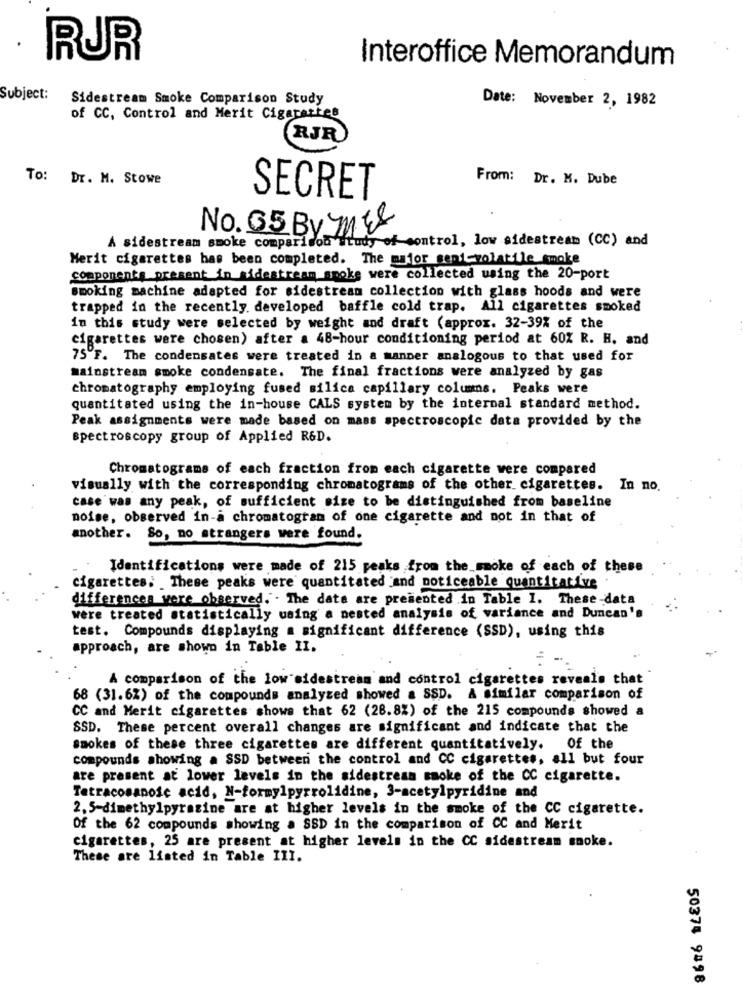
RUR
Interoffice Memorandum
Subject:
Sidestream Smoke Comparison Study
Date: November 2, 1982
of CC, Control and Merit Cigarettes
RJR
To: Dr. M. Stowe
From: Dr. M. Dube
SECRET
No. 65 By ME
A sidestream smoke comparison study of control, low sidestream (CC) and
Merit cigarettes has been completed. The gafor sent-volatile smoke
components present in sidestream_spoke were collected using the 20-port
smoking machine adapted for sidestream collection with glass hoods and were
trapped in the recently developed baffle cold trap. All cigarettes smoked
in this study were selected by weight and draft (approx. 32-39% of the
cigarettes were chosen) after a 48-hour conditioning period at 60% R. H. and
75ºF. The condensates were treated in a manner analogous to that used for
mainstream smoke condensate. The final fractions were analyzed by gas
chromatography employing fused silica capillary columns. Peaks were
quantitated using the in-house CALS system by the internal standard method.
Peak assignments were made based on mass spectroscopic data provided by the
spectroscopy group of Applied R&D.
Chromatograms of each fraction from each cigarette were compared
visually with the corresponding chromatograms of the other cigarettes. In no.
case was any peak, of sufficient size to be distinguished from baseline
noise, observed in-a chromatogram of one cigarette and not in that of
another. So, no strangers were found.
Identifications were made of 215 peaks from the smoke of each of these
cigarettes. These peaks were quantitated and noticeable quantitative
differences were observed. . The data are presented in Table I. These-data
were treated statistically using a nested analysis of variance and Duncan's
test. Compounds displaying a significant difference (SSD), using this
approach, are shown in Table II.
A comparison of the low sidestream and control cigarettes reveals that
68 (31.6%) of the compounds analyzed showed a SSD. A similar comparison of
CC and Merit cigarettes shows that 62 (28.8%) of the 215 compounds showed a
SSD. These percent overall changes are significant and indicate that the
smokes of these three cigarettes are different quantitatively.
Of the
compounds showing a SSD between the control and CC cigarettes, all but four
are present at lower levels in the sidestream smoke of the CC cigarette.
Tatracosanoic acid, N-formylpyrrolidine, 3-acetylpyridine and
2. 5-dimethylpyrazine are at higher levels in the smoke of the CC cigarette.
Of the 62 compounds showing a SSD in the comparison of CC and Merit
cigarettes, 25 are present at higher levels in the CC sidestream smoke.
These are listed in Table III.
50374 9898